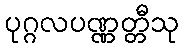
ပုဂ္ဂလပဏ္ဏတ္တီသု